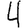
Digit: 4